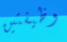
وظيفتين